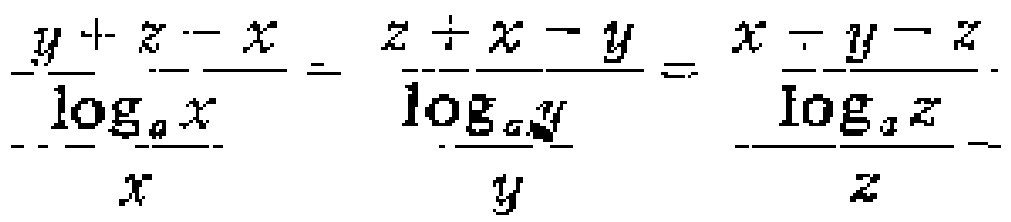
\(\frac{y + z - x}{x\log_{a}x}=\frac{z + x - y}{y\log_{a}y}=\frac{x + y - z}{z\log_{a}z}\)